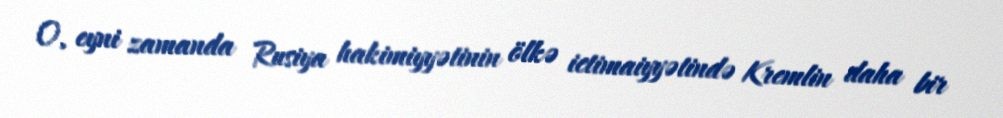
O, eyni zamanda Rusiya hakimiyyətinin ölkə ictimaiyyətində Kremlin daha bir